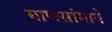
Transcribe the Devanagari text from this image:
माणसांमागे